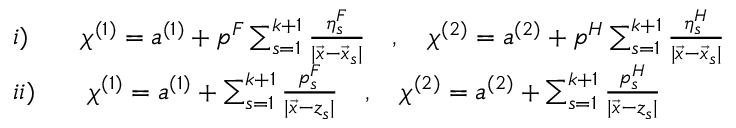
\begin{array} { l } { { i ) \qquad \chi ^ { ( 1 ) } = a ^ { ( 1 ) } + p ^ { F } \sum _ { s = 1 } ^ { k + 1 } \frac { \eta _ { s } ^ { F } } { | \vec { x } - \vec { x } _ { s } | } \quad , \quad \chi ^ { ( 2 ) } = a ^ { ( 2 ) } + p ^ { H } \sum _ { s = 1 } ^ { k + 1 } \frac { \eta _ { s } ^ { H } } { | \vec { x } - \vec { x } _ { s } | } } } \\ { { i i ) \qquad \chi ^ { ( 1 ) } = a ^ { ( 1 ) } + \sum _ { s = 1 } ^ { k + 1 } \frac { p _ { s } ^ { F } } { | \vec { x } - z _ { s } | } \quad , \quad \chi ^ { ( 2 ) } = a ^ { ( 2 ) } + \sum _ { s = 1 } ^ { k + 1 } \frac { p _ { s } ^ { H } } { | \vec { x } - z _ { s } | } } } \end{array}